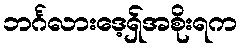
ဘင်္ဂလားဒေ့ရှ်အစိုးရက